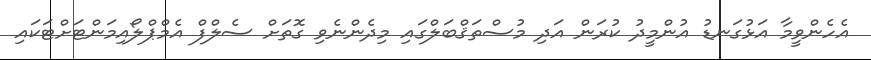
އެހެންވީމާ އަޅުގަނޑު އުންމީދު ކުރަން އަދި މުސްތަޤްބަލްގައި މިދެންނެވި ގޮތަށް ސެލްފް އެމްޕްލޯއިމަންޓަށްޓަކައި